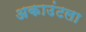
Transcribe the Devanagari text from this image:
अकाउंटला